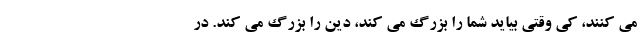
می کنند، کی وقتی بیاید شما را بزرگ می کند، دین را بزرگ می کند. در